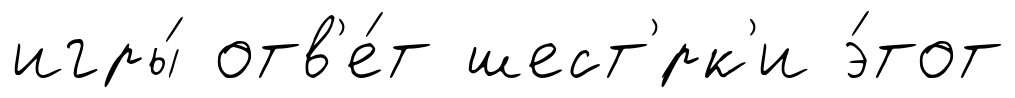
игры́ отв'е́т шест'́рк'и э́тот